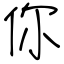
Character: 你